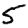
Digit: 5